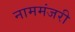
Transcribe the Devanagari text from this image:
नाममंजरी